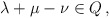
\begin{align*}\lambda+\mu-\nu\in Q \,,\end{align*}